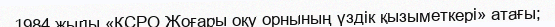
1984 жылы «КСРО Жоғары оқу орнының үздік қызыметкері» атағы;